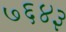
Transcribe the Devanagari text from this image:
७६४३